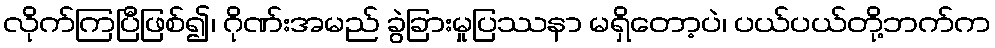
လိုက်ကြပြီဖြစ်၍၊ ဂိုဏ်းအမည် ခွဲခြားမှုပြဿနာ မရှိတော့ပဲ၊ ပယ်ပယ်တို့ဘက်က